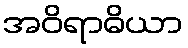
အဝိရာဓိယာ